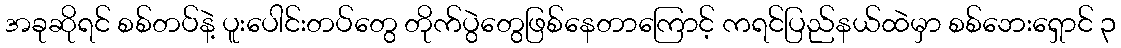
အခုဆိုရင် စစ်တပ်နဲ့ ပူးပေါင်းတပ်တွေ တိုက်ပွဲတွေဖြစ်နေတာကြောင့် ကရင်ပြည်နယ်ထဲမှာ စစ်ဘေးရှောင် ၃